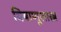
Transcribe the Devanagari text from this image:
विषाणूशास्त्र